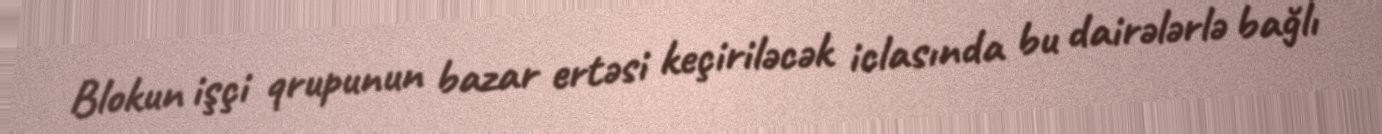
Blokun işçi qrupunun bazar ertəsi keçiriləcək iclasında bu dairələrlə bağlı